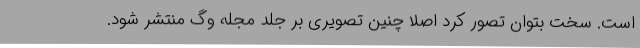
است. سخت بتوان تصور کرد اصلاً چنین تصویری بر جلد مجله وُگ منتشر شود.